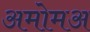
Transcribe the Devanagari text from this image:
अमोमअ